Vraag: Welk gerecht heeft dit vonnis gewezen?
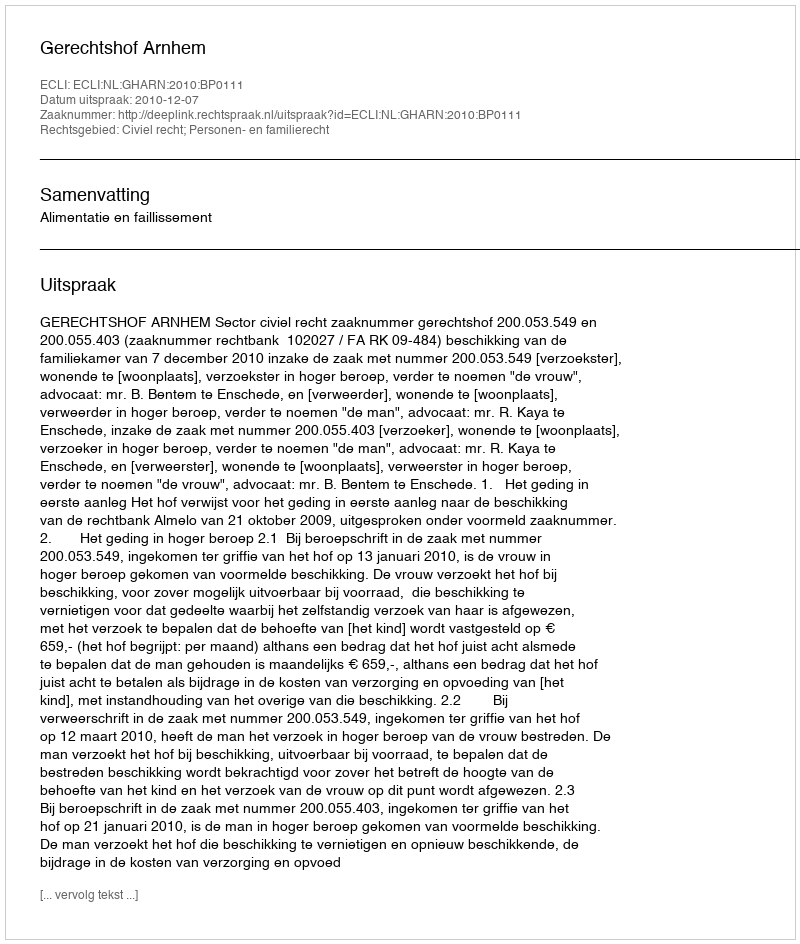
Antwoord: Gerechtshof Arnhem